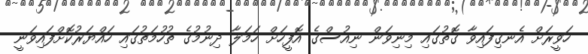
ހަވީރަށް އެނގިފައިވާ ގޮތުގައި މިނިވަން ނިއުސްގެ އޮފީހަށް ހަމަލާ ދިނުމުގެ ތުހުމަތުގައި ހައްޔަރުކޮށްފައިވަނީ